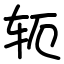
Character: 轭